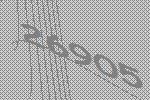
26905